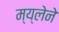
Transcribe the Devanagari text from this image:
म्य्लेने